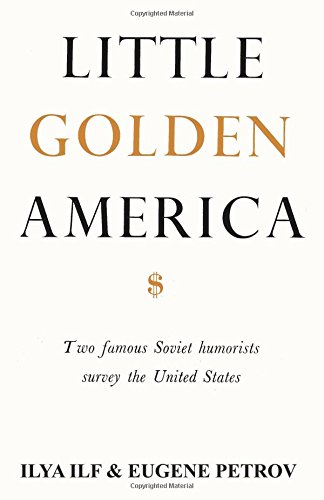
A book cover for Little Golden America: two famous Soviet humorists survey the United States; Ilya Ilf; Travel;